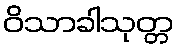
ဝိသာခါသုတ္တ